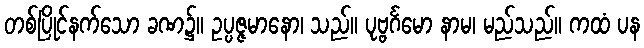
တစ်ပြိုင်နက်သော ခဏ၌။ ဥပ္ပဇ္ဇမာနော၊ သည်။ ပုဗ္ဗင်္ဂမော နာမ၊ မည်သည်။ ကထံ ပန